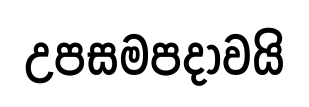
උපසමපදාවයි